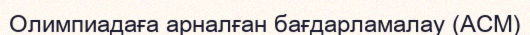
Олимпиадаға арналған бағдарламалау (ACM)